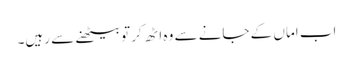
اب اماں کے جانے سے وہ اٹھ کر تو بیٹھنے سے رہیں۔